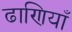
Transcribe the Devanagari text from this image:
ढाणियाँ